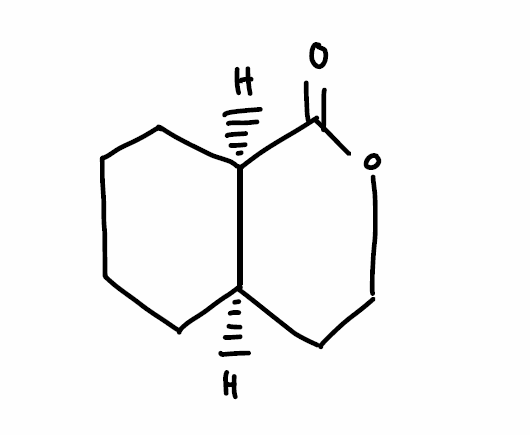
Simplified molecular-input line-entry system (SMILES) notation of the given molecule:
C1CC[C@@H]2[C@H](C1)CCOC2=O